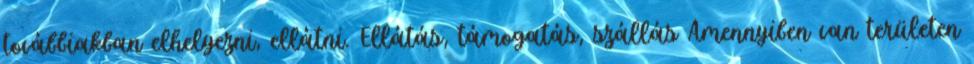
továbbiakban elhelyezni, ellátni. Ellátás, támogatás, szállás Amennyiben van területen